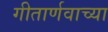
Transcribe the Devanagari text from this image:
गीतार्णवाच्या